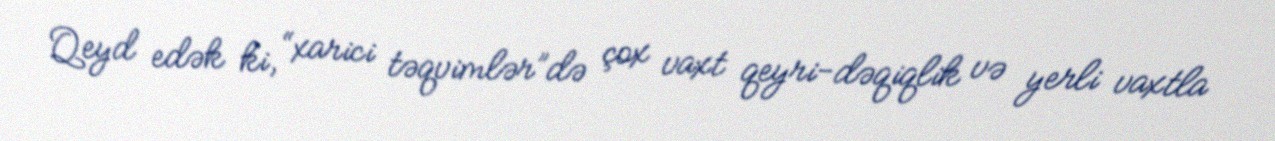
Qeyd edək ki, “xarici təqvimlər”də çox vaxt qeyri-dəqiqlik və yerli vaxtla